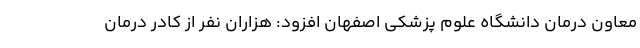
معاون درمان دانشگاه علوم پزشکی اصفهان افزود: هزاران نفر از کادر درمان